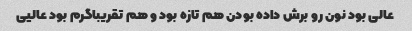
عالی بود نون رو برش داده بودن هم تازه بود و هم تقریباگرم بود عالیی